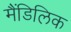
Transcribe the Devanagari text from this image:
मैंडिलिक